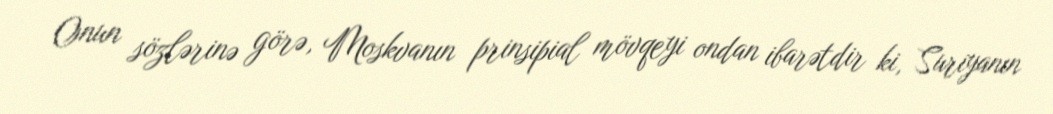
Onun sözlərinə görə, Moskvanın prinsipial mövqeyi ondan ibarətdir ki, Suriyanın